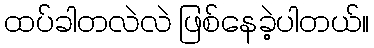
ထပ်ခါတလဲလဲ ဖြစ်နေခဲ့ပါတယ်။